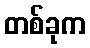
တစ်ခုက